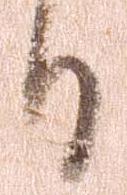
日